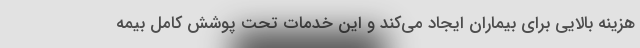
هزینه بالایی برای بیماران ایجاد می‌کند و این خدمات تحت پوشش کامل بیمه